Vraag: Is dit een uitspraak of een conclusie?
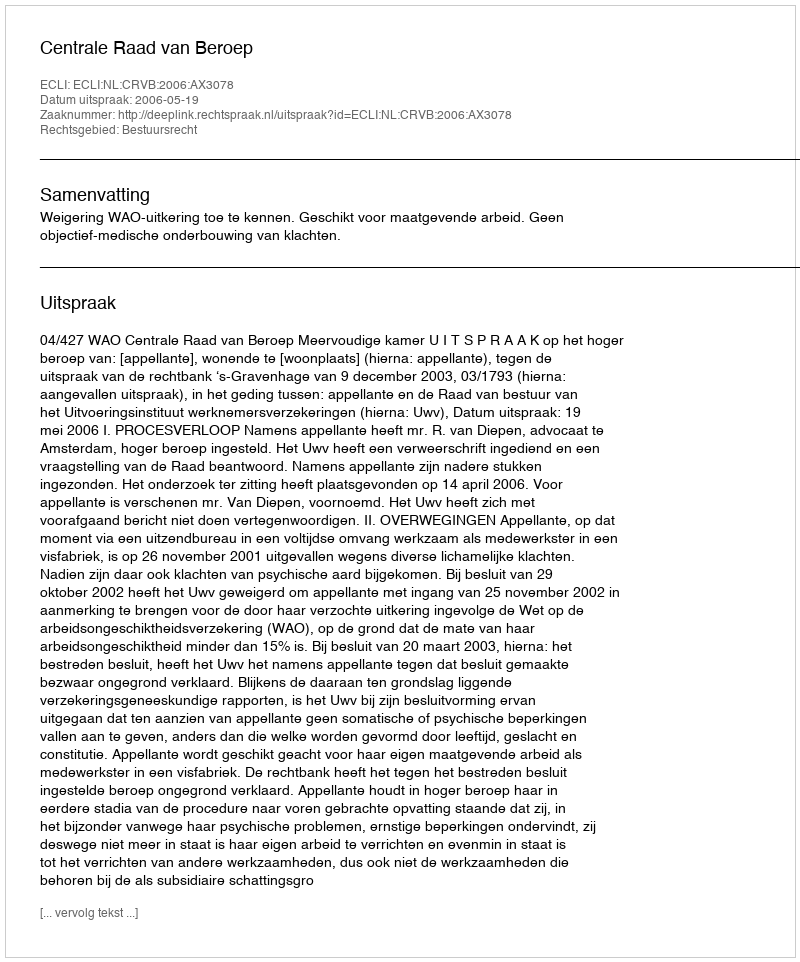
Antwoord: Uitspraak